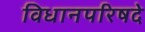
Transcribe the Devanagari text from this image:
विधानपरिषदे